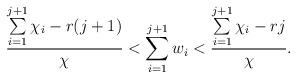
LaTeX: \begin{align*} \frac{\sum\limits_{i=1}^{j+1}\chi_i - r(j+1)}{\chi} < \sum\limits_{i=1}^{j+1}w_i < \frac{\sum\limits_{i=1}^{j+1}\chi_i - rj}{\chi}. \end{align*}